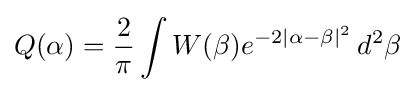
Q(\alpha )={\frac {2}{\pi }}\int W(\beta )e^{-2|\alpha -\beta |^{2}}\,d^{2}\beta